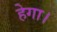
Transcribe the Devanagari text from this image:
हेगा।